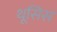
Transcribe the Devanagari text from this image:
थूसिस